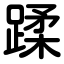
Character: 蹂